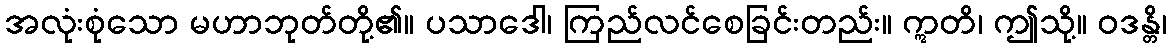
အလုံးစုံသော မဟာဘုတ်တို့၏။ ပသာဒေါ၊ ကြည်လင်စေခြင်းတည်း။ ဣတိ၊ ဤသို့။ ဝဒန္တိ၊